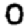
Digit: 0